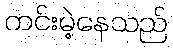
ကင်းမဲ့နေသည်